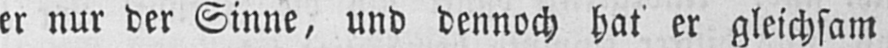
er nur der Sinne, und dennoch hater gleichsam